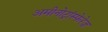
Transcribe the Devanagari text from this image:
अमीनोट्रांस्फेरेज़